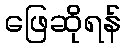
ဖြေဆိုရန်